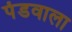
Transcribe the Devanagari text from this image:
पंडवाला